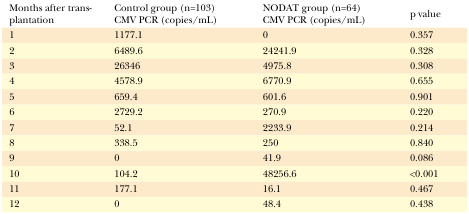
<table><thead><tr><td><b>Months after transplantation</b></td><td><b>Control group (n=103)CMV PCR (copies/mL)</b></td><td><b>NODAT group (n=64)CMV PCR (copies/mL)</b></td><td><b>p value</b></td></tr></thead><tbody><tr><td>1</td><td>1177.1</td><td>0</td><td>0.357</td></tr><tr><td>2</td><td>6489.6</td><td>24241.9</td><td>0.328</td></tr><tr><td>3</td><td>26346</td><td>4975.8</td><td>0.308</td></tr><tr><td>4</td><td>4578.9</td><td>6770.9</td><td>0.655</td></tr><tr><td>5</td><td>659.4</td><td>601.6</td><td>0.901</td></tr><tr><td>6</td><td>2729.2</td><td>270.9</td><td>0.220</td></tr><tr><td>7</td><td>52.1</td><td>2233.9</td><td>0.214</td></tr><tr><td>8</td><td>338.5</td><td>250</td><td>0.840</td></tr><tr><td>9</td><td>0</td><td>41.9</td><td>0.086</td></tr><tr><td>10</td><td>104.2</td><td>48256.6</td><td>&lt;0.001</td></tr><tr><td>11</td><td>177.1</td><td>16.1</td><td>0.467</td></tr><tr><td>12</td><td>0</td><td>48.4</td><td>0.438</td></tr></tbody></table>